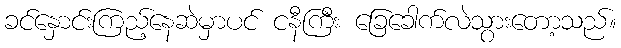
ခင်နှောင်းကြည့်နေဆဲမှာပင် ငနီကြီး ခြေခေါက်လဲသွားတော့သည်။